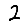
Digit: 2